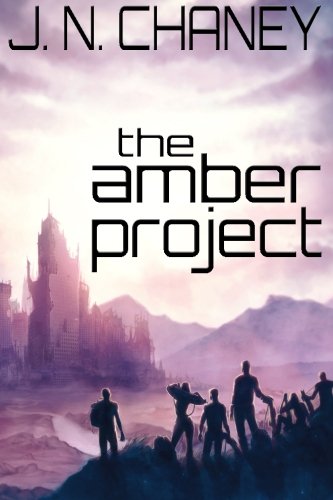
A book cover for The Amber Project (The Variant Saga) (Volume 1); J N Chaney; Science Fiction & Fantasy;